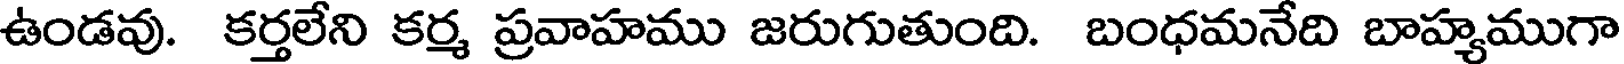
ఉండవు. కర్తలేని కర్మ ప్రవాహము జరుగుతుంది. బంధమనేది బాహ్యముగా